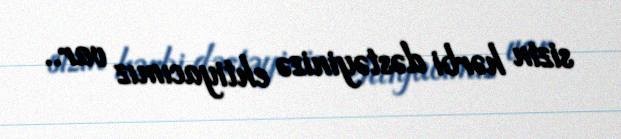
sizin hərbi dəstəyinizə ehtiyacımız var..